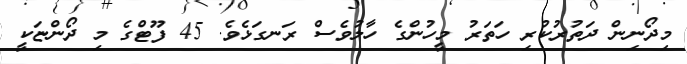
މިދޯނިން ދަތުރުކުރި ހަތަރު މީހުންގެ ހާލުވެސް ރަނގަޅެވެ. 45 ފޫޓްގެ މި ދޯންޏަކީ